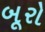
બૂરો